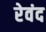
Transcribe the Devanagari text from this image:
रेवंद